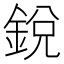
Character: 銳